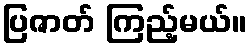
ပြဇာတ် ကြည့်မယ်။